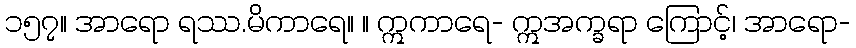
၁၅၇။ အာရော ရဿ.မိကာရေ။ ။ ဣကာရေ- ဣအက္ခရာ ကြောင့်၊ အာရော-